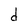
Character: d